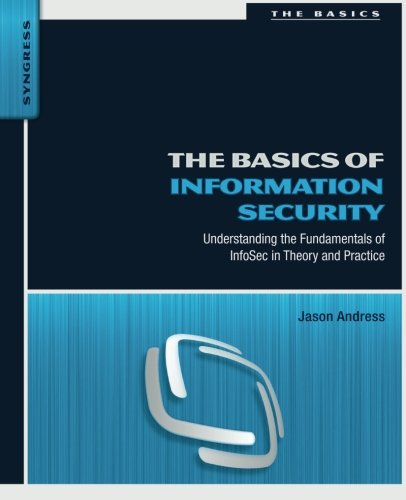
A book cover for The Basics of Information Security: Understanding the Fundamentals of InfoSec in Theory and Practice; Jason Andress; Computers & Technology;